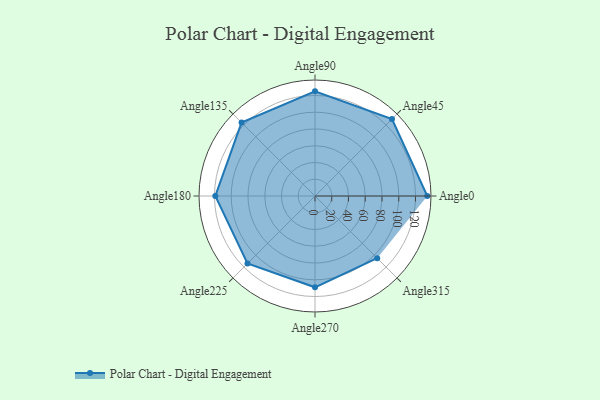
{"axis": {"x": "Angle", "y": "Radius"}, "legend": [""], "data": [{"x": "Angle0", "y": 134.0, "type": ""}, {"x": "Angle45", "y": 130.0, "type": ""}, {"x": "Angle90", "y": 125.0, "type": ""}, {"x": "Angle135", "y": 124.0, "type": ""}, {"x": "Angle180", "y": 119.0, "type": ""}, {"x": "Angle225", "y": 114.0, "type": ""}, {"x": "Angle270", "y": 109.0, "type": ""}, {"x": "Angle315", "y": 105.0, "type": ""}]}